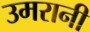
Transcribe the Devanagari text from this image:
उमरानी